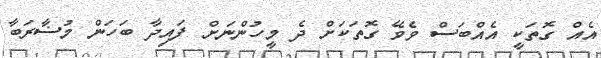
އެއް ގޮތަކީ އެއްބަސް ވެވޭ ގޮތަކަށް ދެ މީހުންނަށް ފައިދާ ބަހަން މުޟާރަބާ